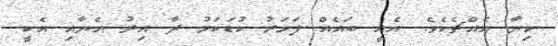
ކިޔާ އެއްޗެކެވެ. އެއީ ބައެއް ފަހަރު ކުޑަކަމު ދާ އިރު އެޔާއި އެކީ